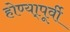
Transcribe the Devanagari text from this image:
होण्या्पूर्वी